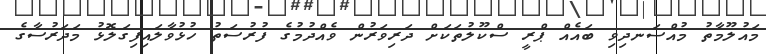
މައުލޫމާތު މުއްސަނދިވި ބައެއް ޕްރީ ސްކޫލުތަކަށް ދަރިވަރުން ވެއްދުމުގެ ފުރުސަތު ހުޅުވާލައިފިގަލޮޅު މަދަރުސާގެ